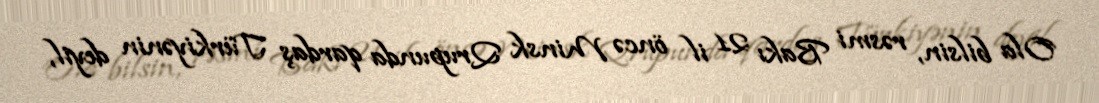
Ola bilsin, rəsmi Bakı 21 il öncə Minsk Qrupunda qardaş Türkiyənin deyil,